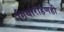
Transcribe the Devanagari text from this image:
गिर्यारोहणही